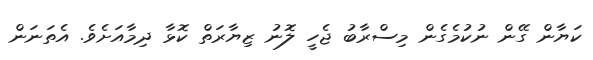
ކަޔާން ގޭން ނުކުމެގެން މިސްރާބު ޖެހީ ލޮނު ޒިޔާރަތް ކޮޅާ ދިމާއަށެވެ. އެތަނަން